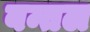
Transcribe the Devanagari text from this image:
बन्तल